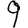
Digit: 9